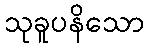
သုခူပနိသော